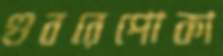
গুবরেপোকা